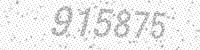
Solution: 915875